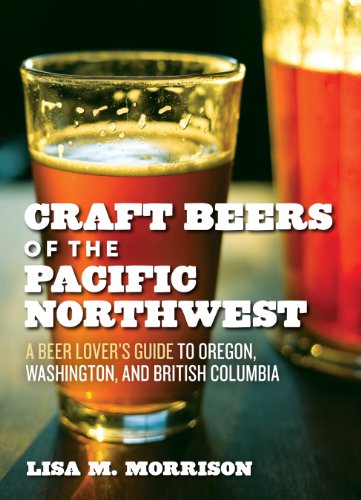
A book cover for Craft Beers of the Pacific Northwest: A Beer Lover's Guide to Oregon, Washington, and British Columbia; Lisa M. Morrison; Cookbooks, Food & Wine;